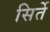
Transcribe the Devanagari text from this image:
सिर्ते